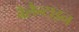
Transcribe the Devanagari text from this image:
बैलैन्टाइन